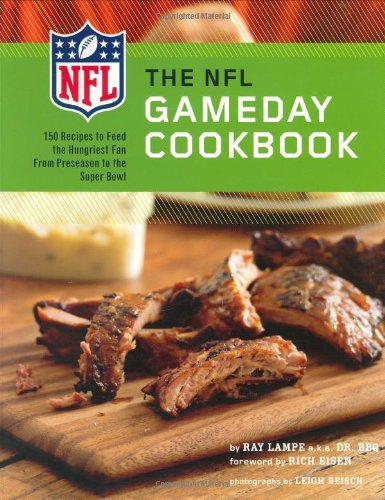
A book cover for The NFL Gameday Cookbook; Ray "DR. BBQ" Lampe; Cookbooks, Food & Wine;